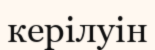
керілуін